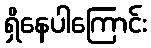
ရှိနေပါကြောင်း